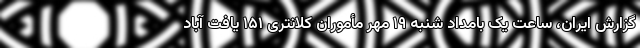
گزارش ایران، ساعت یک بامداد شنبه ۱۹ مهر مأموران کلانتری ۱۵۱ یافت آباد